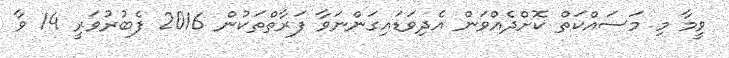
ވީމާ މި މަސައްކަތް ކޮށްދެއްވަން އެދިވަޑައިގަންނަވާ ފަރާތްތަކުން 2016 ފެބުރުވަރީ 14 ވާ